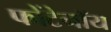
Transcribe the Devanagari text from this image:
फोंटेनॉय